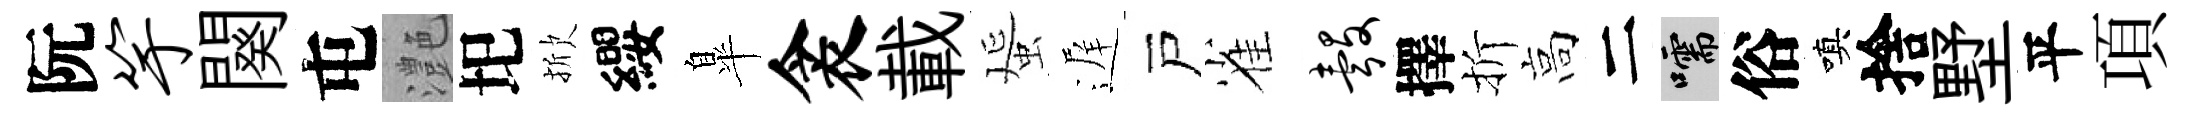
阮竽闋屯灔圯掀纓臯衾載蜑遅戸雀彀擇折高二嚅俗嗔捨墅平項